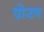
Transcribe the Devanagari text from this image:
ग्रोउप